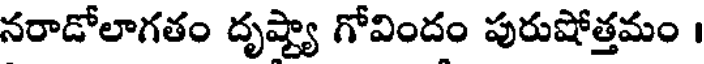
నరాడోలాగతం దృష్ట్యా గోవిందం పురుషోత్తమం ।